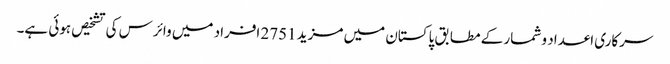
سرکاری اعداد و شمار کے مطابق پاکستان میں مزید 2751 افراد میں وائرس کی تشخیص ہوئی ہے۔